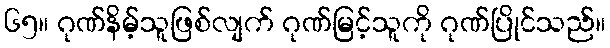
၆၅။ ဂုဏ်နိမ့်သူဖြစ်လျက် ဂုဏ်မြင့်သူကို ဂုဏ်ပြိုင်သည်။